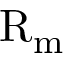
\mathrm { R } _ { \mathrm { m } }